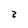
Character: 2